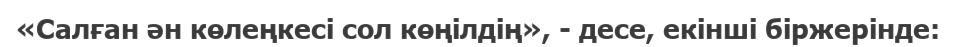
«Салған ән көлеңкесі сол көңілдің», - десе, екінші біржерінде: